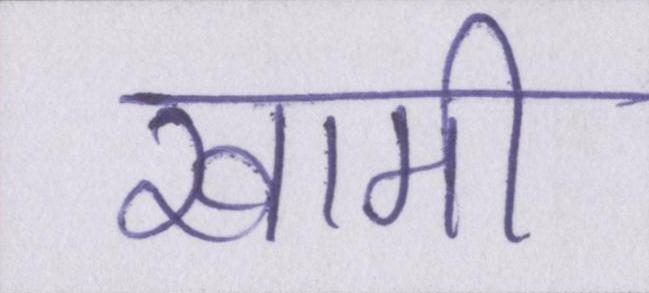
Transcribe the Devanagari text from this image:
खामी